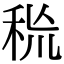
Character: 𥞙